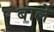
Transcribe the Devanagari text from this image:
बार्ले